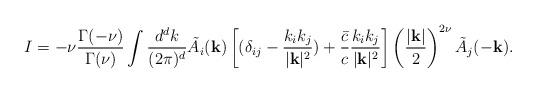
LaTeX: \begin{align*}I = -\nu {\Gamma(-\nu) \over \Gamma(\nu)} \int {d^dk \over (2\pi)^d} \tilde{A}_i({\bf k}) \left[ (\delta_{ij} - {k_i k_j \over |{\bf k}|^2} ) +{\bar{c} \over c} {k_i k_j \over |{\bf k}|^2} \right] \left({|{\bf k}| \over 2}\right)^{2\nu}\tilde{A}_j(-{\bf k}).\end{align*}